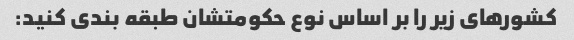
کشورهای زیر را بر اساس نوع حکومتشان طبقه بندی کنید: